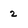
Character: 2